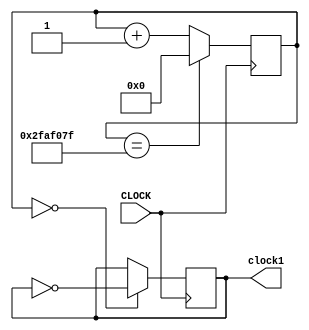
`timescale 1ns / 1ps
//////////////////////////////////////////////////////////////////////////////////
// Company: 
// Engineer: 
// 
// Design Name: 
// Module Name: clock_1hz
// Project Name: 
// Target Devices: 
// Tool Versions: 
// Description: 
// 
// Dependencies: 
// 
// Revision:
// Revision 0.01 - File Created
// Additional Comments:
// 
//////////////////////////////////////////////////////////////////////////////////


module clock_1hz(input CLOCK, output reg clock1);

    reg [31:0] COUNT = 0;
    
    always @ (posedge CLOCK) begin
       COUNT <= (COUNT == 49999999) ? 0 : COUNT + 1;
       clock1 <= (COUNT == 0) ? ~clock1 : clock1;
    end    
    
endmodule